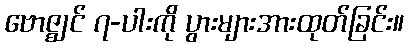
ဗောဇ္ဈင် ၇-ပါးကို ပွားများအားထုတ်ခြင်း။